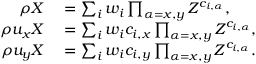
\begin{array} { r l } { \rho X } & { { } = \sum _ { i } w _ { i } \prod _ { \alpha = x , y } Z ^ { c _ { i , \alpha } } , } \\ { \rho u _ { x } X } & { { } = \sum _ { i } w _ { i } c _ { i , x } \prod _ { \alpha = x , y } Z ^ { c _ { i , \alpha } } , } \\ { \rho u _ { y } X } & { { } = \sum _ { i } w _ { i } c _ { i , y } \prod _ { \alpha = x , y } Z ^ { c _ { i , \alpha } } . } \end{array}